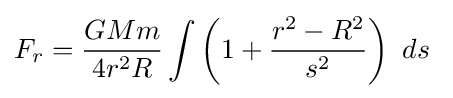
F_{r}={\frac {GMm}{4r^{2}R}}\int \left(1+{\frac {r^{2}-R^{2}}{s^{2}}}\right)\ ds\